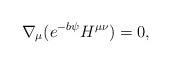
LaTeX: \begin{align*}\nabla_{\mu} (e^{-b \psi } H^{\mu \nu}) = 0, \end{align*}